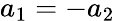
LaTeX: a_{1}=-a_{2}